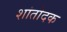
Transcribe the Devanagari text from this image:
शांतोदक